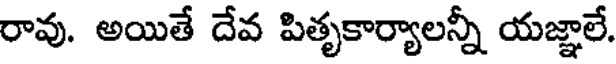
రావు. అయితే దేవ పితృకార్యాలన్నీ యజ్ఞాలే.